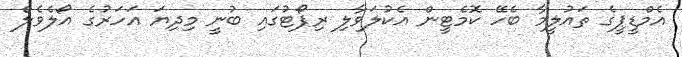
އެމްޑީޕީގެ ތައުލީމާ ބެހޭ ކޮމެޓީން އެކުލަވާލި ރިޕޯޓުގައި ބުނީ މިދިޔަ އަހަރުގެ އޯލެވެލް